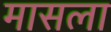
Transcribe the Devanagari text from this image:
मासला